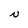
Character: N